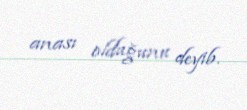
anası olduğunu deyib.